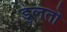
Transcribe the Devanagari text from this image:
डुलतो